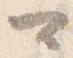
可